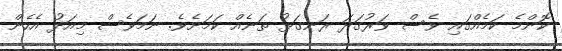
ކޮންމެ ކަމެއްގައި ވެސް ވަރުގަދަ ރަނގަޅު ތަނެއް ކަމަށެވެ. ނަމަވެސް މިއަދު އެހެން